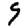
Digit: 9